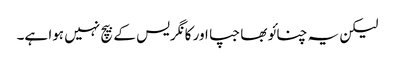
لیکن یہ چنائو بھاجپا اور کانگریس کے بیچ نہیں ہوا ہے۔